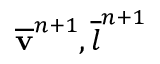
\overline { { \mathbf v } } ^ { n + 1 } , \overline { { l } } ^ { n + 1 }